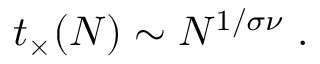
t _ { \times } ( N ) \sim N ^ { 1 / \sigma \nu } \; .